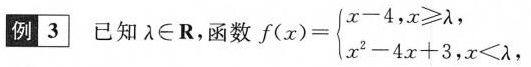
例3 已知\lambda \in \mathbf{R} 函数$$f ( x ) = \ l e f t \ { \ b e g i n { a r r a y } { l }